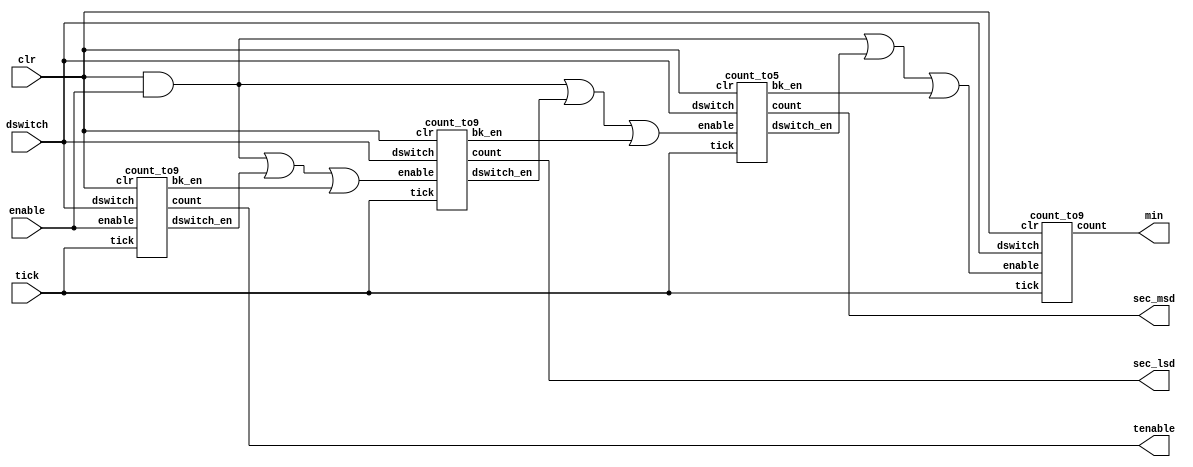
// CounterModule.v
// Counts up or down, wrapping at 0 and 9:59:9
// Instantiate count files

module CounterModule(min,sec_msd,sec_lsd,tenable,tick,clr,enable,dswitch);
	output [3:0] min,sec_msd,sec_lsd,tenable;
	input  tick,clr,enable,dswitch;

	wire  dswitch_en,bk_en,mdswitch_en,mbk_en,min_dswitch_en,minbken,lsd_en,msd_en,min_en;

	count_to9 tenth(tenable,tick,clr,enable,dswitch,dswitch_en,bk_en); //Counts for the tenths place (to 9)
	count_to9 lsdig_second(sec_lsd,tick,clr,lsd_en,dswitch,mdswitch_en,mbk_en); // counts least significant digit for seconds (to 9)
	count_to5 msdig_second(sec_msd,tick,clr,msd_en,dswitch,min_dswitch_en,minbken); // most significant digit for seconds (to 5)
	count_to9 minute(min,tick,clr,min_en,dswitch, , ); // counts minutes (to 9)

	assign lsd_en = (clr && enable) || dswitch_en || bk_en;
	assign msd_en = (clr && enable) || mdswitch_en || mbk_en;
	assign min_en = (clr && enable) || min_dswitch_en || minbken;
endmodule

// Handles counting to 9

module count_to9(count,tick,clr,enable,dswitch,dswitch_en,bk_en);
	output reg [3:0] count;
	output       dswitch_en, bk_en;
	input        tick, clr, enable, dswitch;

	reg    [3:0] count_n = 4'b0000;

	// Go to next count every posedge of the clock
	always @(posedge tick)
	begin
		if(enable)
			count <= count_n;
		else
			count <= count;
        if(clr)
            count <= 0;
	end

	// Handles wrap around at 9 and 0
	always @(count or dswitch)
	begin
		if(dswitch)
			count_n=(count==9) ? 0 : count+4'b0001;
		else
			count_n=(count==0) ? 9 : count-4'b0001;
	end

	assign dswitch_en = (count==9) && dswitch && enable;
	assign bk_en = (count==0) && !dswitch && enable;
endmodule

// Handles counting to 5 

module count_to5(count,tick,clr,enable,dswitch,dswitch_en,bk_en);
	output reg [3:0] count;
	output       dswitch_en, bk_en;
	input        tick, clr, enable, dswitch;

	reg    [3:0] count_n = 4'b0000;

	// Go to next count every posedge of the clock
	always @(posedge tick)
	begin
		if(enable)
            count <= count_n;
        else
            count <= count;
        if(clr)
            count <= 0;
	end

	// Handle rollover
	always @(count or dswitch)
	begin
		if(dswitch)
			count_n=(count==5) ? 0 : count+4'b0001;
		else
			count_n=(count==0) ? 5 : count-4'b0001;
	end

	assign dswitch_en = (count==5) && dswitch && enable;
	assign bk_en = (count==0) && !dswitch && enable;
endmodule